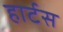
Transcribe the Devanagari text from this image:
हार्टस